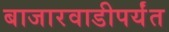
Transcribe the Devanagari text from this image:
बाजारवाडीपर्यंत